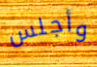
وأجلس